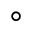
^ { \circ }